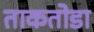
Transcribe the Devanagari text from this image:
ताकतोडा